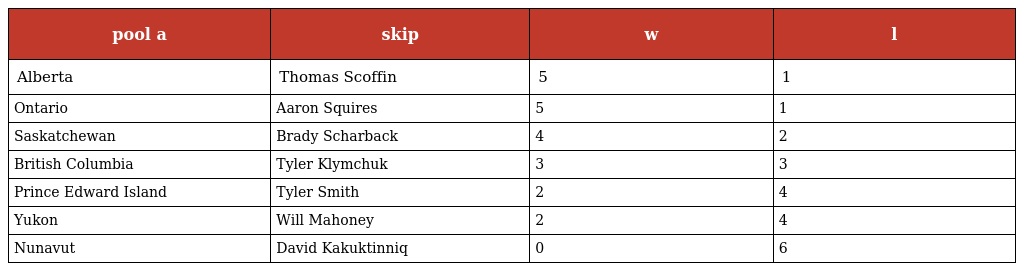
| pool a | skip | w | l |
 | --- | --- | --- | --- |
 | Alberta | Thomas Scoffin | 5 | 1 |
 | Ontario | Aaron Squires | 5 | 1 |
 | Saskatchewan | Brady Scharback | 4 | 2 |
 | British Columbia | Tyler Klymchuk | 3 | 3 |
 | Prince Edward Island | Tyler Smith | 2 | 4 |
 | Yukon | Will Mahoney | 2 | 4 |
 | Nunavut | David Kakuktinniq | 0 | 6 |